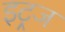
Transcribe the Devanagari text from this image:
इट्रज